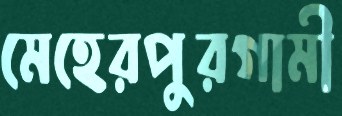
মেহেরপুরগামী